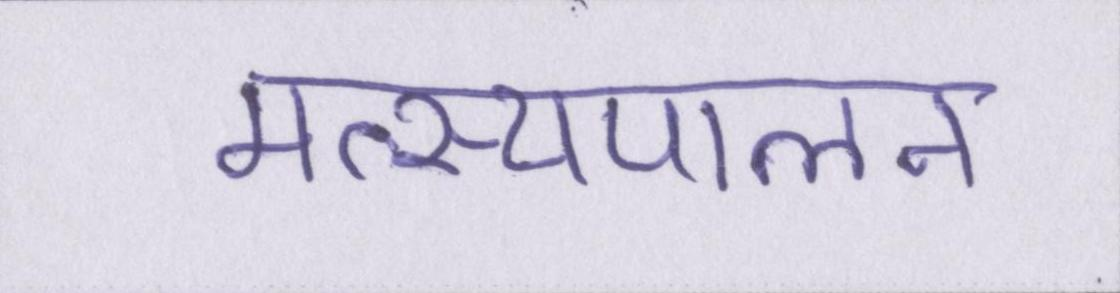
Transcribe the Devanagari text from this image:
मत्स्यपालन